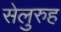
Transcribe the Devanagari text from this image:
सेलुरुह